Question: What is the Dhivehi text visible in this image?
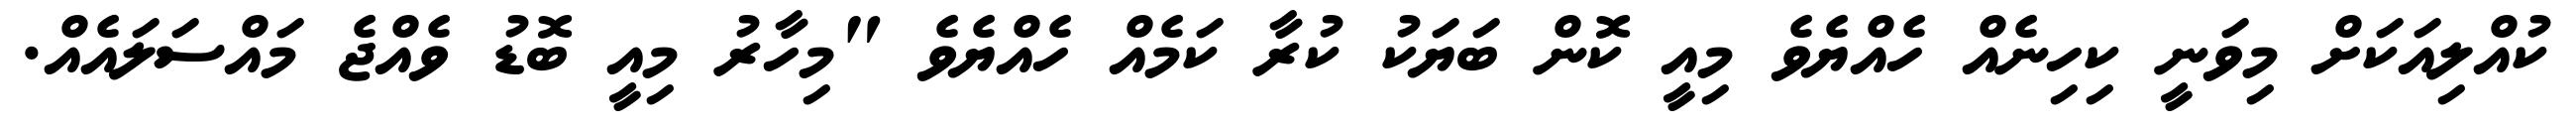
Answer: ކުއްލިއަކަށް މިވަނީ ކިހިނެއް ހެއްޔެވެ މިއީ ކޮން ބަޔަކު ކުރާ ކަމެއް ހެއްޔެވެ "މިހާރު މިއީ ބޮޑު ވެއްޖެ މައްސަލައެއް.